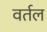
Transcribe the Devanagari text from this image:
वर्तल